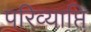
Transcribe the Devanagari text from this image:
परिव्याप्ति